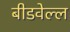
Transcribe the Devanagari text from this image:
बीडवेल्ल